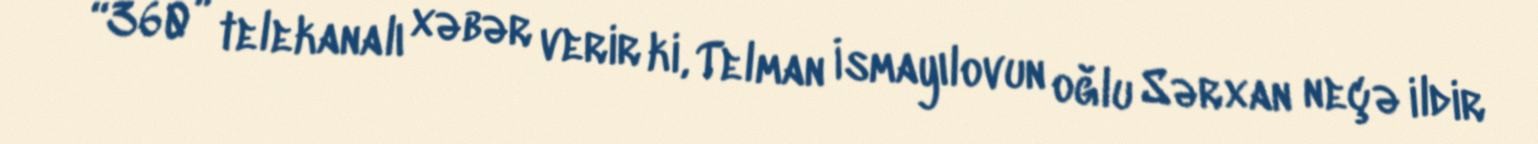
“360” telekanalı xəbər verir ki, Telman İsmayılovun oğlu Sərxan neçə ildir